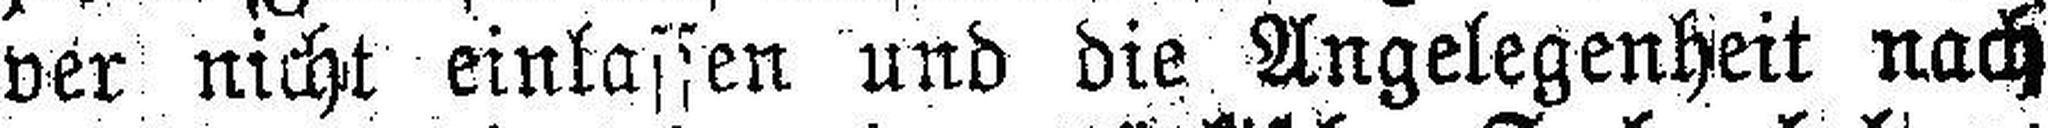
ver nicht einlassen und die Angelegenheit nach